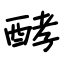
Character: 酵